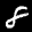
Label: 8